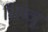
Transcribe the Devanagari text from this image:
मिन्जू